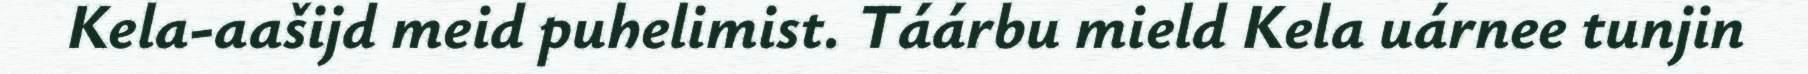
Kela-aašijd meid puhelimist. Táárbu mield Kela uárnee tunjin